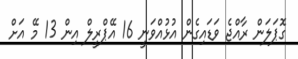
ގޮޕަލަން ރާއްޖެ ވަޑައިގެން އުޅުއްވަނީ 16 އޭޕްރީލް އިން 13 މޭ އަށް